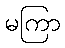
မကြာ